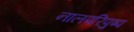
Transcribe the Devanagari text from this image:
नालपरिपुष्प